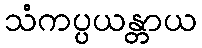
သံကပ္ပယန္တာယ